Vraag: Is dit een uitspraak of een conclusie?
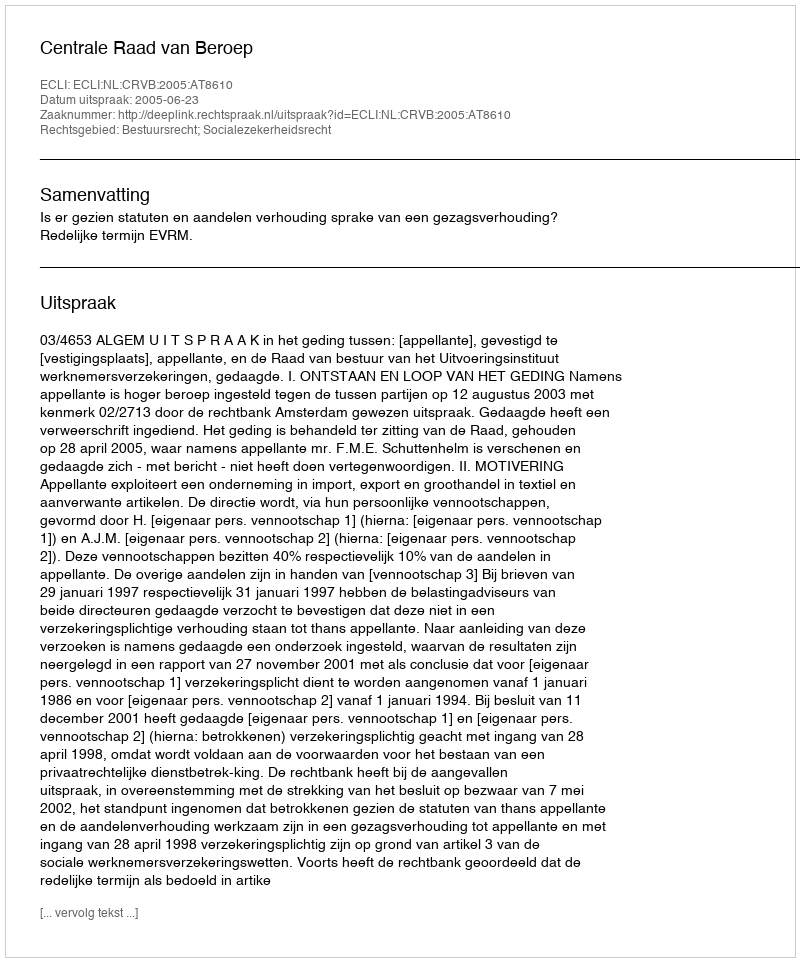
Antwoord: Uitspraak